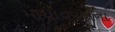
માયાવરણના